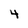
Character: 4